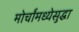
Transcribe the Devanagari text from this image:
मोर्चांमध्येसुद्धा